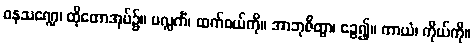
ဝနသဏ္ဍေ၊ ထိုတောအုပ်၌။ ပလ္လင်္ကံ၊ ထက်ဝယ်ကို။ အာဘုဇိတွာ၊ ခွေ၍။ ကာယံ၊ ကိုယ်ကို။